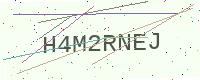
Text: H4M2RNEJ